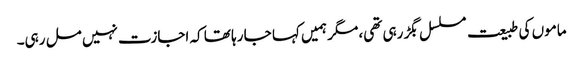
ماموں کی طبیعت مسلسل بگڑ رہی تھی، مگر ہمیں کہا جا رہا تھا کہ اجازت نہیں مل رہی۔